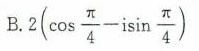
B. 2 ( \cos \frac{\pi}{4} - i \sin \frac{\pi}{4})